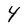
Character: Y